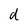
Character: d